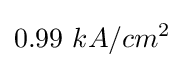
0.99~kA/cm^{2}